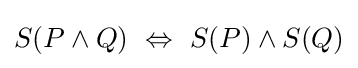
S(P\wedge Q)\ \Leftrightarrow \ S(P)\wedge S(Q)